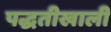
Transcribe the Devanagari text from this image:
पद्धतीखाली